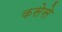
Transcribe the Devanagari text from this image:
कसेसे